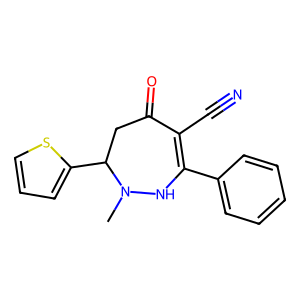
SMILES: CN1NC(c2ccccc2)=C(C#N)C(=O)CC1c1cccs1
Inhibits HIV replication: No